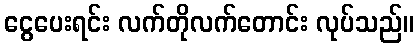
ငွေပေးရင်း လက်တိုလက်တောင်း လုပ်သည်။